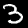
Label: 3